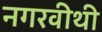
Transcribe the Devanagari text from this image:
नगरवीथी